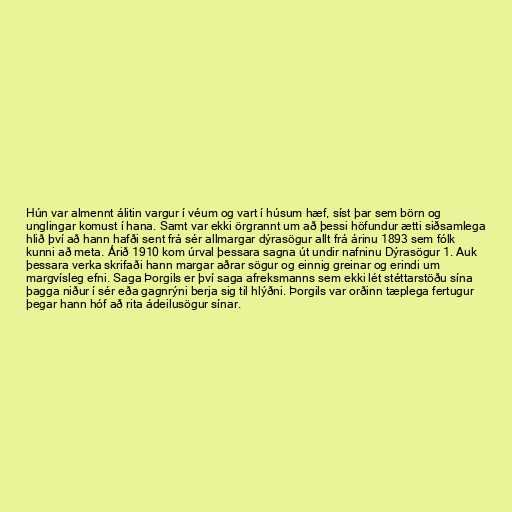
Hún var almennt álitin vargur í véum og vart í húsum hæf, síst þar sem börn og
unglingar komust í hana. Samt var ekki örgrannt um að þessi höfundur ætti siðsamlega
hlið því að hann hafði sent frá sér allmargar dýrasögur allt frá árinu 1893 sem fólk
kunni að meta. Árið 1910 kom úrval þessara sagna út undir nafninu Dýrasögur 1. Auk
þessara verka skrifaði hann margar aðrar sögur og einnig greinar og erindi um
margvísleg efni. Saga Þorgils er því saga afreksmanns sem ekki lét stéttarstöðu sína
þagga niður í sér eða gagnrýni berja sig til hlýðni. Þorgils var orðinn tæplega fertugur
þegar hann hóf að rita ádeilusögur sínar.